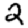
Digit: 2